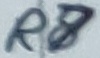
Text: R8